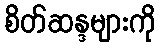
စိတ်ဆန္ဒများကို